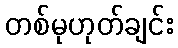
တစ်မုဟုတ်ချင်း